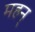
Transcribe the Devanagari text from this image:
महन्